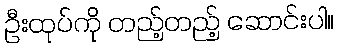
ဦးထုပ်ကို တည့်တည့် ဆောင်းပါ။